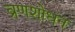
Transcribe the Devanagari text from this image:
व्रणशोधन